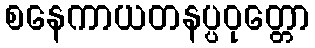
စနေကာယတနပ္ပဝုတ္တော